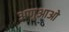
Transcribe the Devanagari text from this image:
अणुआओ